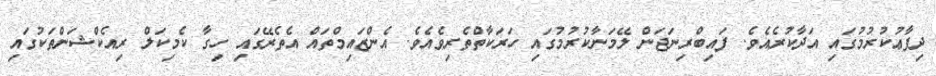
ދިފާޢުކުރުމުގައި އަދާކުރެއެވެ. ފައިބްރިނަޖަން ލޭމަނާކުރުމުގައި ހަރަކާތްތެރިވެއެވެ. އެންޒައިމްތައް އެތެރޭގައި ހިގާ ކެމިކަލް ރިއެކްޝަންތަކުގައި